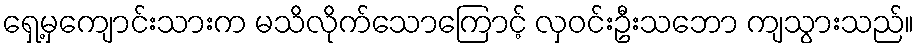
ရှေ့မှကျောင်းသားက မသိလိုက်သောကြောင့် လှဝင်းဦးသဘော ကျသွားသည်။